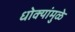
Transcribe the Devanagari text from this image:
धोक्यांमुळे